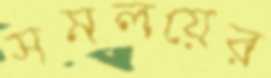
সমলয়ের